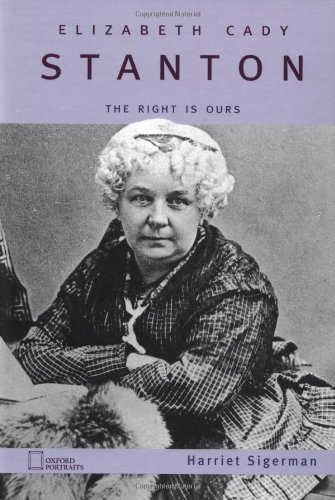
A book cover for Elizabeth Cady Stanton: The Right Is Ours; Harriet Sigerman; Teen & Young Adult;